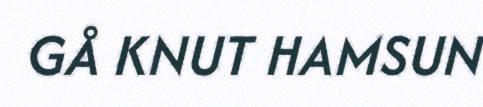
GÅ KNUT HAMSUN